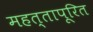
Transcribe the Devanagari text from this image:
महत्तापूरित